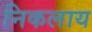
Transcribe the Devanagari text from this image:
निकलाय